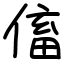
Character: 傗